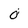
Character: 0